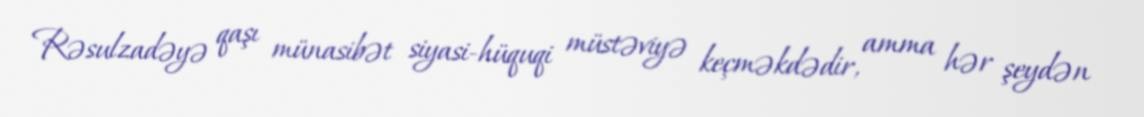
Rəsulzadəyə qaşı münasibət siyasi-hüquqi müstəviyə keçməkdədir, amma hər şeydən